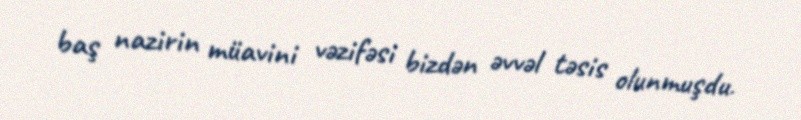
baş nazirin müavini vəzifəsi bizdən əvvəl təsis olunmuşdu.